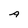
Character: A